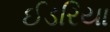
ઈડરિયા